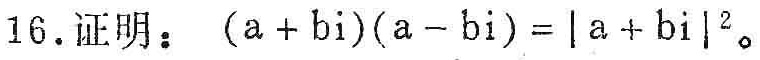
16.证明：\((a + bi)(a - bi)=|a + bi|^{2}\)。